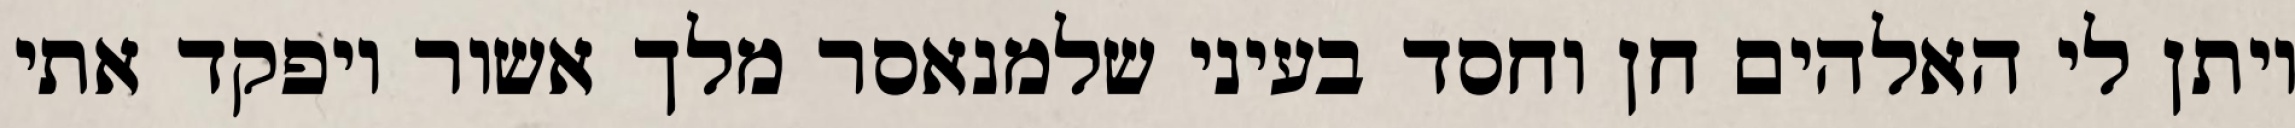
ויתן לי האלהים חן וחסד בעיני שלמנאסר מלך אשור ויפקד אתי